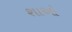
શાઓ